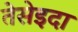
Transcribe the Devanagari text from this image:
तेसेइदा